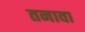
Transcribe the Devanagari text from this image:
तनावा